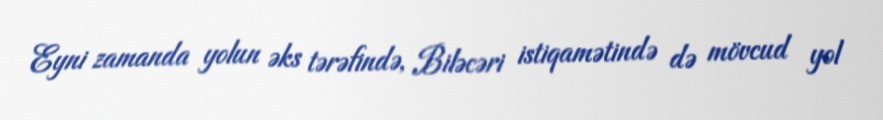
Eyni zamanda yolun əks tərəfində, Biləcəri istiqamətində də mövcud yol